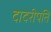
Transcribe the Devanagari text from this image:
दादरीपति